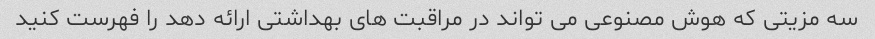
سه مزیتی که هوش مصنوعی می تواند در مراقبت های بهداشتی ارائه دهد را فهرست کنید